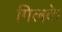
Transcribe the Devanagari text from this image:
गिलके